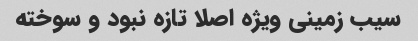
سیب زمینی ویژه اصلا تازه نبود و سوخته